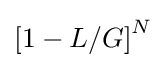
\left[1-L/G\right]^{N}